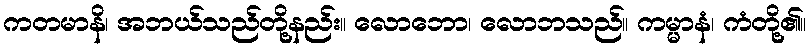
ကတမာနိ၊ အဘယ်သည်တို့နည်း။ လောဘော၊ လောဘသည်။ ကမ္မာနံ၊ ကံတို့၏။